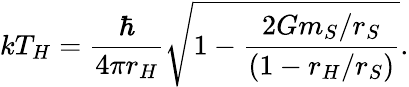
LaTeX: kT_{H}={\frac{\hbar}{4\pi r_{H}}}\sqrt{1-{\frac{2Gm_{S}/r_{S}}{(1-r_{H}/r_{S})}}}.